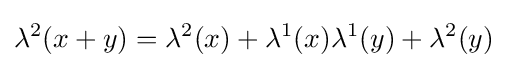
\lambda ^{2}(x+y)=\lambda ^{2}(x)+\lambda ^{1}(x)\lambda ^{1}(y)+\lambda ^{2}(y)